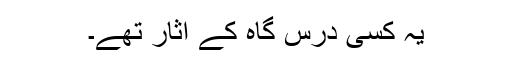
یہ کسی درس گاہ کے آثار تھے۔